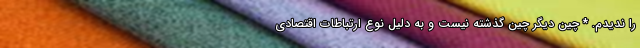
را ندیدم. * چین دیگر چین گذشته نیست و به دلیل نوع ارتباطات اقتصادی